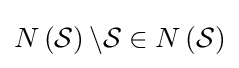
N\left({\mathcal {S}}\right)\backslash {\mathcal {S}}\in N\left({\mathcal {S}}\right)